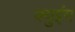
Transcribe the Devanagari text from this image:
क्युइंग